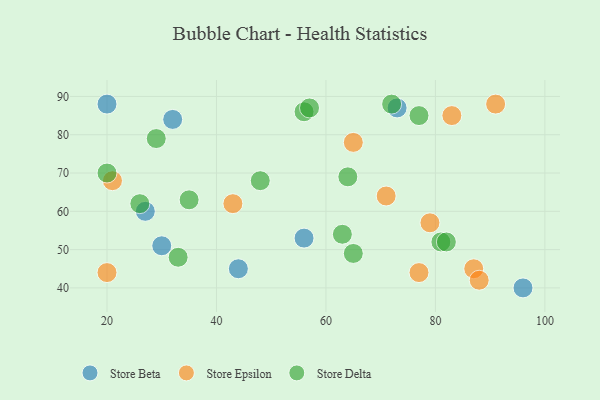
{"axis": {"x": "GDP", "y": "Life Expectancy"}, "legend": ["Store Beta", "Store Delta", "Store Epsilon"], "data": [{"x": "73", "y": 87, "type": "Store Beta"}, {"x": "44", "y": 45, "type": "Store Beta"}, {"x": "27", "y": 60, "type": "Store Beta"}, {"x": "32", "y": 84, "type": "Store Beta"}, {"x": "30", "y": 51, "type": "Store Beta"}, {"x": "96", "y": 40, "type": "Store Beta"}, {"x": "20", "y": 88, "type": "Store Beta"}, {"x": "56", "y": 53, "type": "Store Beta"}, {"x": "87", "y": 45, "type": "Store Epsilon"}, {"x": "20", "y": 44, "type": "Store Epsilon"}, {"x": "43", "y": 62, "type": "Store Epsilon"}, {"x": "83", "y": 85, "type": "Store Epsilon"}, {"x": "65", "y": 78, "type": "Store Epsilon"}, {"x": "71", "y": 64, "type": "Store Epsilon"}, {"x": "91", "y": 88, "type": "Store Epsilon"}, {"x": "88", "y": 42, "type": "Store Epsilon"}, {"x": "77", "y": 44, "type": "Store Epsilon"}, {"x": "79", "y": 57, "type": "Store Epsilon"}, {"x": "21", "y": 68, "type": "Store Epsilon"}, {"x": "65", "y": 49, "type": "Store Delta"}, {"x": "56", "y": 86, "type": "Store Delta"}, {"x": "81", "y": 52, "type": "Store Delta"}, {"x": "20", "y": 70, "type": "Store Delta"}, {"x": "82", "y": 52, "type": "Store Delta"}, {"x": "35", "y": 63, "type": "Store Delta"}, {"x": "29", "y": 79, "type": "Store Delta"}, {"x": "57", "y": 87, "type": "Store Delta"}, {"x": "72", "y": 88, "type": "Store Delta"}, {"x": "26", "y": 62, "type": "Store Delta"}, {"x": "64", "y": 69, "type": "Store Delta"}, {"x": "63", "y": 54, "type": "Store Delta"}, {"x": "77", "y": 85, "type": "Store Delta"}, {"x": "33", "y": 48, "type": "Store Delta"}, {"x": "48", "y": 68, "type": "Store Delta"}]}